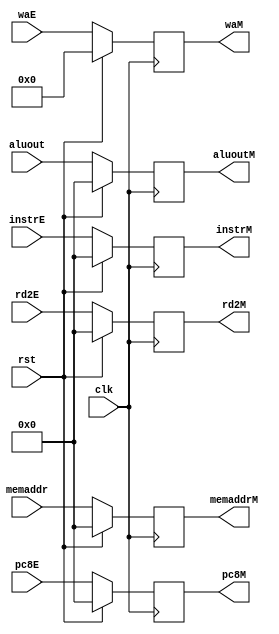
`timescale 1ns / 1ps
//////////////////////////////////////////////////////////////////////////////////
// Company: 
// Engineer: 
// 
// Design Name: 
// Module Name:    M 
// Project Name: 
// Target Devices: 
// Tool versions: 
// Description: 
//
// Dependencies: 
//
// Revision: 
// Revision 0.01 - File Created
// Additional Comments: 
//
//////////////////////////////////////////////////////////////////////////////////
module M(
    input [31:0] rd2E,
    input [31:0] aluout,
    input [31:0] memaddr,
    input [31:0] pc8E,
	 input [31:0] instrE,
    input [4:0] waE,
    input clk,
    input rst,
    output [31:0] rd2M,
    output [31:0] aluoutM,
    output [31:0] memaddrM,
    output [31:0] pc8M,
	 output [31:0] instrM,
    output [4:0] waM
    );
	 reg [31:0] rd2 = 0;
	 reg [31:0] aluoutreg = 0;
	 reg [31:0] memaddrreg = 0;
	 reg [31:0] pc8 = 0;
	 reg [31:0] instr = 0;
	 reg [4:0] wa = 0;
	 
	 assign rd2M = rd2;
	 assign aluoutM = aluoutreg;
	 assign memaddrM = memaddrreg;
	 assign pc8M = pc8;
	 assign waM =wa;
	 assign instrM = instr;
	 
	 always@(posedge clk)begin
		if(rst)begin
			rd2 <= 0;
			aluoutreg <= 0;
			memaddrreg <= 0;
			pc8 <= 0;
			wa <= 0;
			instr<=0;
		end
		else begin
			rd2 <= rd2E;
			aluoutreg <= aluout;
			memaddrreg <= memaddr;
			pc8 <= pc8E;
			wa <= waE;
			instr<=instrE;
		end
	 end

endmodule